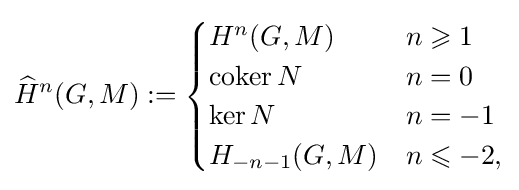
{\widehat {H}}^{n}(G,M):={\begin{cases}H^{n}(G,M)&n\geqslant 1\\\operatorname {coker} N&n=0\\\ker N&n=-1\\H_{-n-1}(G,M)&n\leqslant -2,\end{cases}}